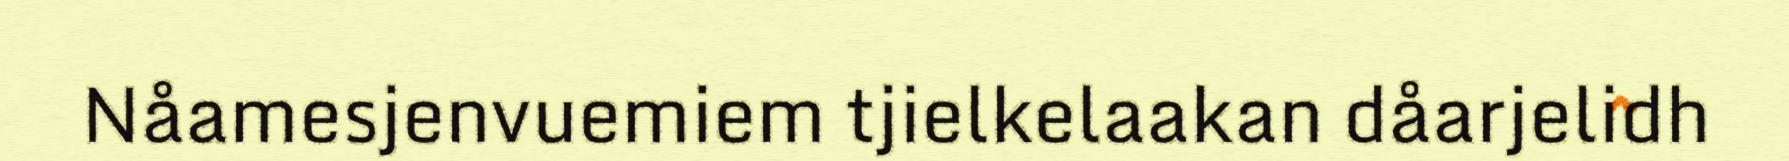
Nåamesjenvuemiem tjielkelaakan dåarjelidh